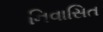
નિવાસિત